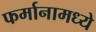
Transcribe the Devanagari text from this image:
फर्मानामध्ये